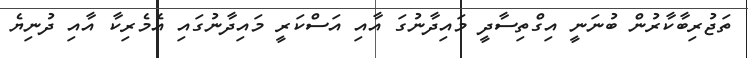
ތަޖުރިބާކާރުން ބުނަނީ އިގްތިސާދީ މައިދާނުގަ އާއި އަސްކަރީ މައިދާނުގައި އެމެރިކާ އާއި ދުނިޔެ